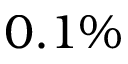
0 . 1 \%